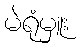
မဲရုံမှူး